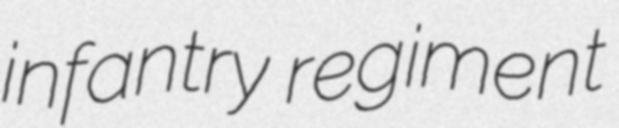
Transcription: infantry regiment